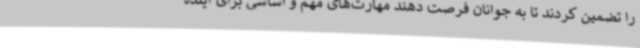
را تضمین کردند تا به جوانان فرصت دهند مهارت‌های مهم و اساسی برای آینده